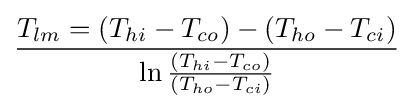
T_{lm}=\left(T_{hi}-T_{co}\right)-\left(T_{ho}-T_{ci}\right) \over \ln {\frac {\left(T_{hi}-T_{co}\right)}{\left(T_{ho}-T_{ci}\right)}}